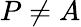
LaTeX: P\neq A